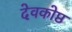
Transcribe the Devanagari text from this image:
देवकोष्ठ